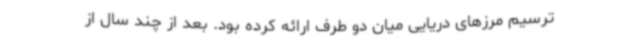
ترسیم مرزهای دریایی میان دو طرف ارائه کرده بود. بعد از چند سال از